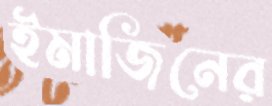
ইমাজিনের